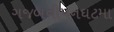
ગજબનીપનઘટમા